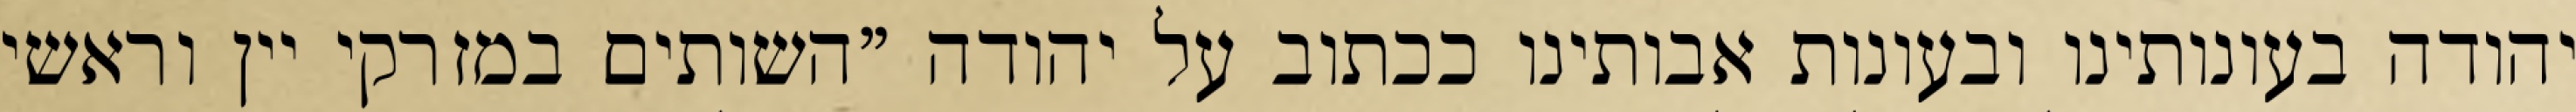
יהודה בעונותינו ובעונות אבותינו ככתוב על יהודה "השותים במזרקי יין וראשי‏